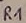
Text: R1